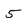
Character: 5